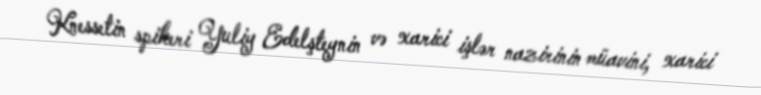
Knessetin spikeri Yuliy Edelşteynin və xarici işlər nazirinin müavini, xarici